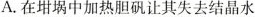
A. 在坩埚中加热胆矾让其失去结晶水